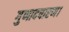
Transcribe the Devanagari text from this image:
गुणादषारण।